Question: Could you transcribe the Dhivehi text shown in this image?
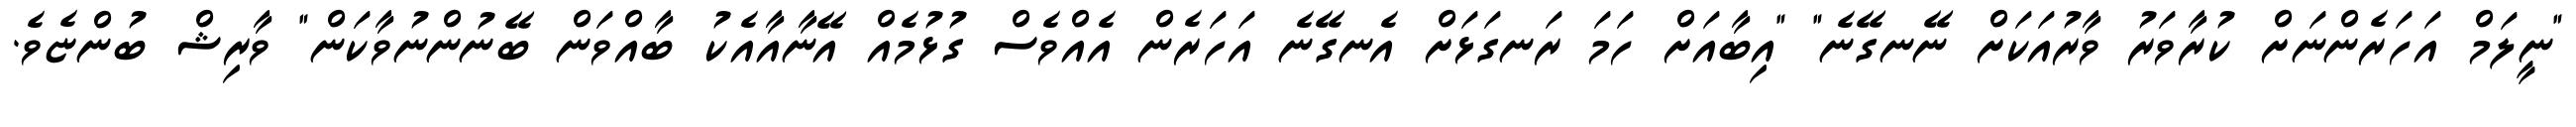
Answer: "ނީލަމް އަހަރެންނަށް ކުރާވަރު ވާރުއަކަށް ނޭނގޭނެ" "އިބާއަށް ހަމަ ރަނގަޅަށް އެނގޭނެ އަހަރެން އެއްވެސް ގުޅުމެއް އޭނާއާއެކު ބާއްވަން ބޭނުންނުވާކަން" ވާރިޝް ބުންޏެވެ.